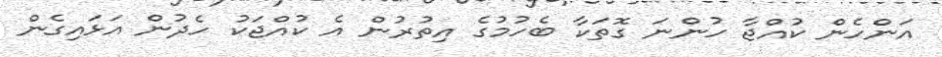
އަންހެން ކުއްޖާ ހުންނަ ގޮތަކާ ބެހުމުގެ އިތުރުން އެ ކުއްޖަކު ހެދުން އަޅައިގެން